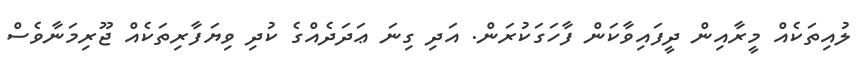
ލުއިތަކެއް މީރާއިން ދީފައިވާކަން ފާހަގަކުރަން. އަދި ގިނަ ޢަދަދެއްގެ ކުދި ވިޔަފާރިތަކެއް ޖޫރިމަނާވެސް